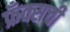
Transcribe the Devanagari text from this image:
फ्रँक्सची